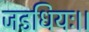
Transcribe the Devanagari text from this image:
जडधियः।।